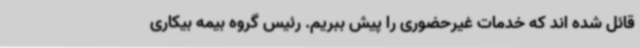
قائل شده اند که خدمات غیرحضوری را پیش ببریم. رئیس گروه بیمه بیکاری